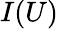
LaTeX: I(U)